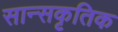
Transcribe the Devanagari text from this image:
सान्सकृतिक